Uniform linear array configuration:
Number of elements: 48
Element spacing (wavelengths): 1
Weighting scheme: exponential
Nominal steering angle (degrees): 45
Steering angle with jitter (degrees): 44.505
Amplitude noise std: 0.05
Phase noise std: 0.05

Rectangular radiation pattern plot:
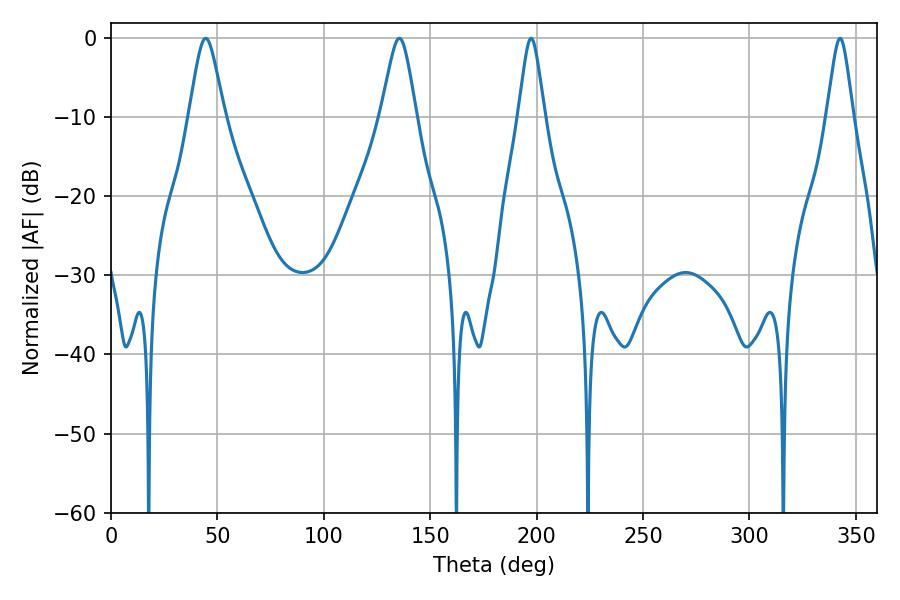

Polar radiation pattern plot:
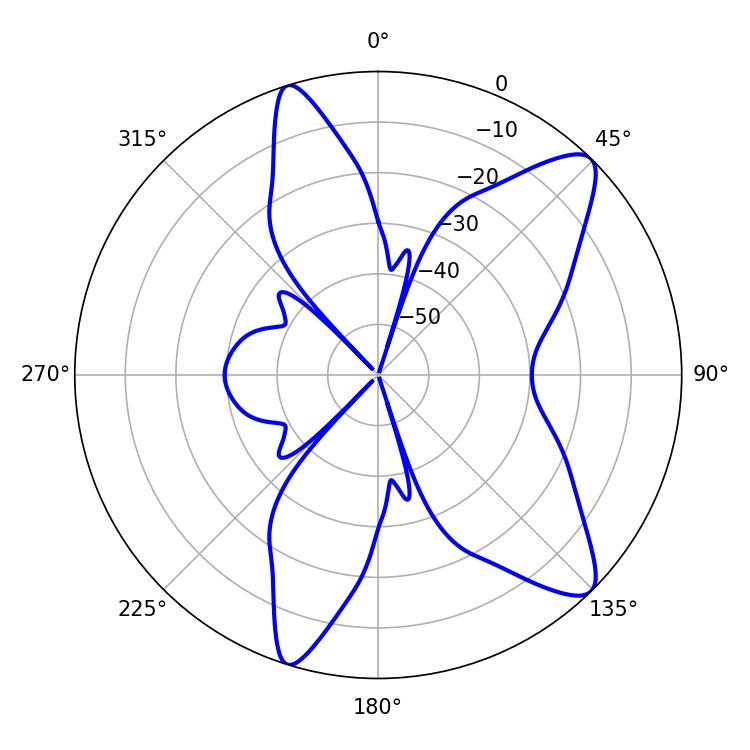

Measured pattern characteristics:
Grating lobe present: TRUE
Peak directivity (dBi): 10.783
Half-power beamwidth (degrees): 7.92
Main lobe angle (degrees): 44.46